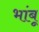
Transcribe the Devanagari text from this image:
भांबू